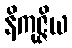
နိကုဇ္ဇိယ